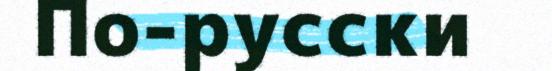
По-русски